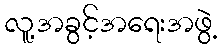
လူ့အခွင့်အရေးအဖွဲ့